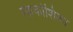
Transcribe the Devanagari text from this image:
रककोशिका